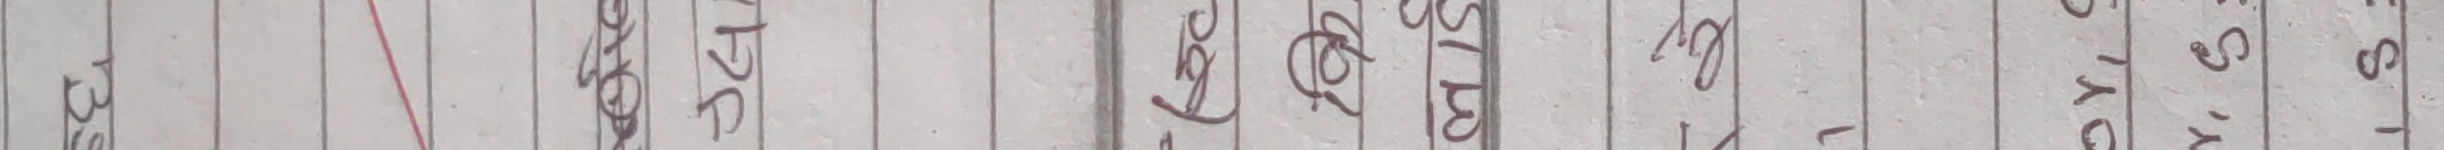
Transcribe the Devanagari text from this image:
अथवा P.T.D.C. पट्टि 2F S.T.V. १६ ओयसओटिस